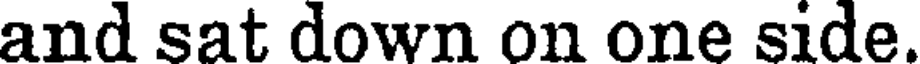
and sat down on one side.